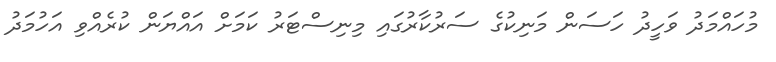
މުހައްމަދު ވަހީދު ހަސަން މަނިކުގެ ސަރުކާރުގައި މިނިސްޓަރު ކަމަށް އައްޔަން ކުރެއްވި އަހުމަދު